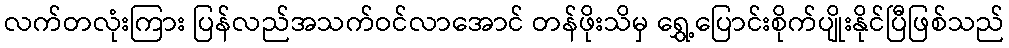
လက်တလုံးကြား ပြန်လည်အသက်ဝင်လာအောင် တန်ဖိုးသိမှ ရွှေ့ပြောင်းစိုက်ပျိုးနိုင်ပြီဖြစ်သည်